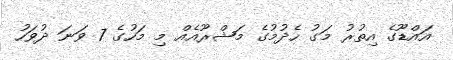
އައްޑޫގެ އިތުރު މަގު ހެދުމުގެ މަޝްރޫއެއް މި މަހުގެ 7 ވަނަ ދުވަހު